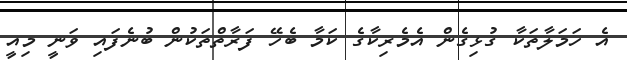
އެ ހަމަލާތަކާ ގުޅިގެން އެމެރިކާގެ ކަމާ ބެހޭ ފަރާތްތަކުން ބުނެފައި ވަނީ މިއީ